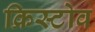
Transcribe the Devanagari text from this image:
क्रिस्टोव